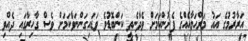
އަރާރުމުގެ އައު މަރްޙަލާއެއްގެ ފެށުންކަމަށް ވެދާނެތީ ކަންބޮޑުވެ ވަޑައިގަންނަވާކަމަށް ވެސް ގާހިރާގައި ދެއްވި